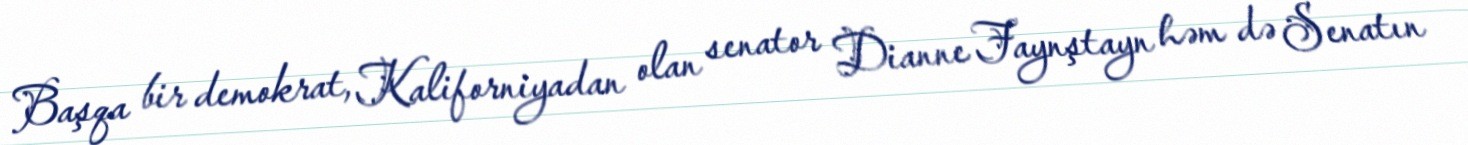
Başqa bir demokrat, Kaliforniyadan olan senator Dianne Faynştayn həm də Senatın